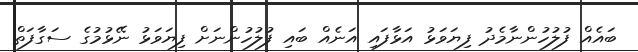
ބައެއް ފުލުހުންނާމެދު ފިޔަވަޅު އަޅާފައި އަނެއް ބައި ފުލުހުންނަށް ފިޔަވަޅު ނޭޅުމުގެ ސަގާފަތް